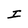
Character: I